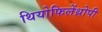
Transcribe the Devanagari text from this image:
थियोफिलेंथ्रोपी